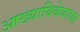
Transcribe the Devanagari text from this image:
आख्यायिकेबाबत